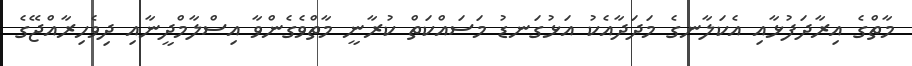
މާތްގެ އިރާދަފުޅާއި އެކަލާނގެ މަދަދާއެކު އަޅުގަނޑު މަސައްކަތް ކުރާނީ މާތްވެގެންވާ އިސްލާމްދީނާއި ދިވެހިރާއްޖޭގެ